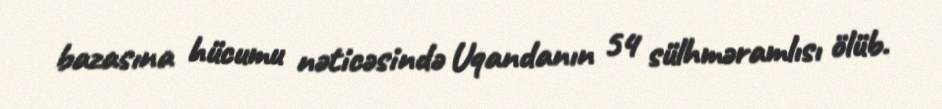
bazasına hücumu nəticəsində Uqandanın 54 sülhməramlısı ölüb.